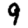
Digit: 9